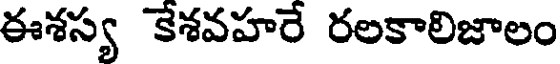
ఈశస్య కేశవహరే రలకాలిజాలం